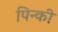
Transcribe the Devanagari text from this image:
पिन्की